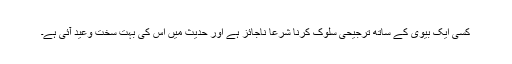
کسی ایک بیوی کے ساتھ ترجیحی سلوک کرنا شرعاً ناجائز ہے اور حدیث میں اس کی بہت سخت وعید آئی ہے۔